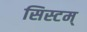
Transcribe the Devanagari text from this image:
सिस्टम्